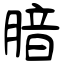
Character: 腤